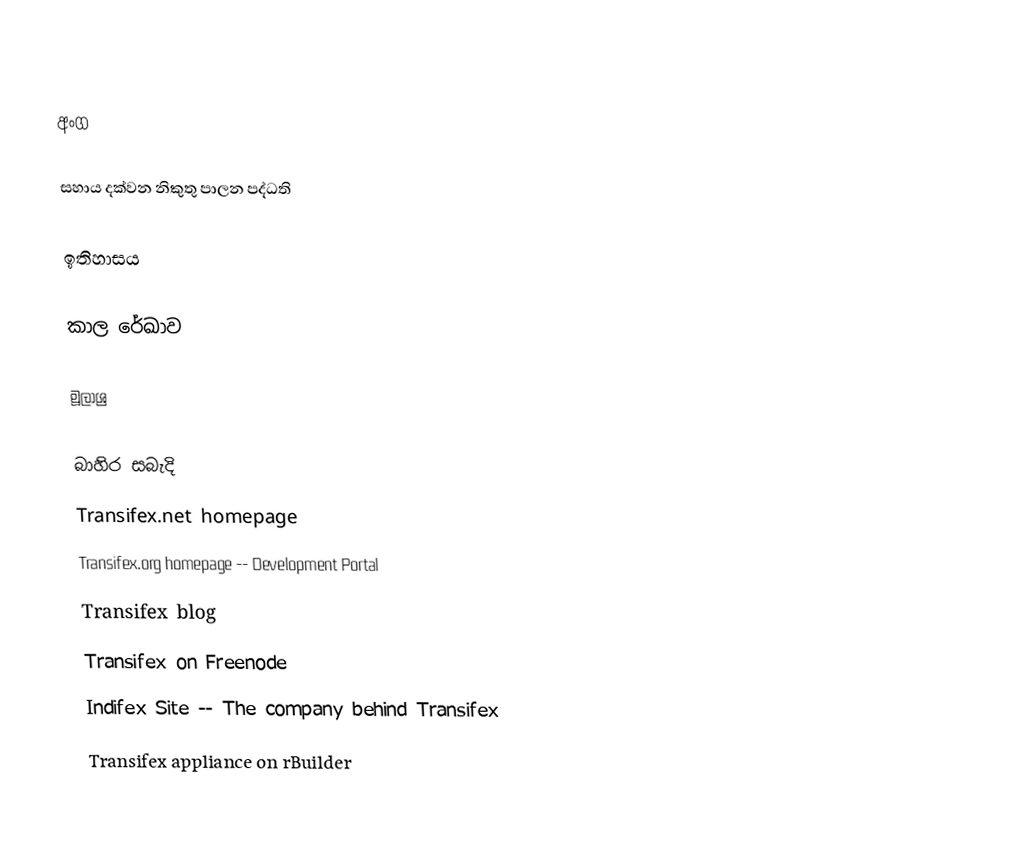

අංග

සහාය දක්වන නිකුතු පාලන පද්ධති

ඉතිහාසය

කාල රේඛාව

මූලාශ්‍ර

බාහිර සබැදි
 Transifex.net homepage
 Transifex.org homepage -- Development Portal
 Transifex blog
 Transifex on Freenode
 Indifex Site -- The company behind Transifex
 Transifex appliance on rBuilder